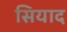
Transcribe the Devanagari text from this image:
सियाद